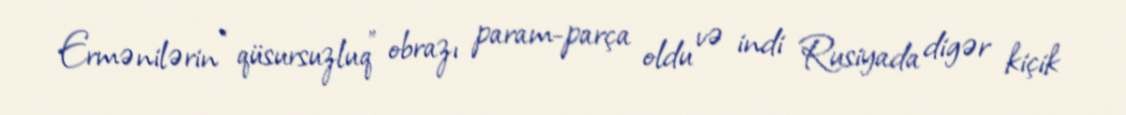
Ermənilərin “qüsursuzluq” obrazı param-parça oldu və indi Rusiyada digər kiçik